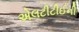
એલટીટીઈની